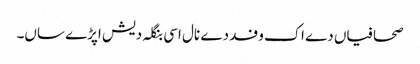
صحافیاں دے اک وفد دے نال اسی بنگلہ دیش اپڑے ساں۔